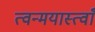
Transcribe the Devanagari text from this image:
त्वन्मयास्त्वाँ